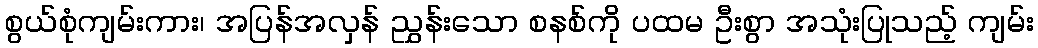
စွယ်စုံကျမ်းကား၊ အပြန်အလှန် ညွှန်းသော စနစ်ကို ပထမ ဦးစွာ အသုံးပြုသည့် ကျမ်း